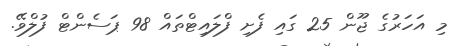
މި އަހަރުގެ ޖޫން 25 ގައި ފެށި ފްލައިޓްތައް 98 ޕަސެންޓް ފުލްވޭ.